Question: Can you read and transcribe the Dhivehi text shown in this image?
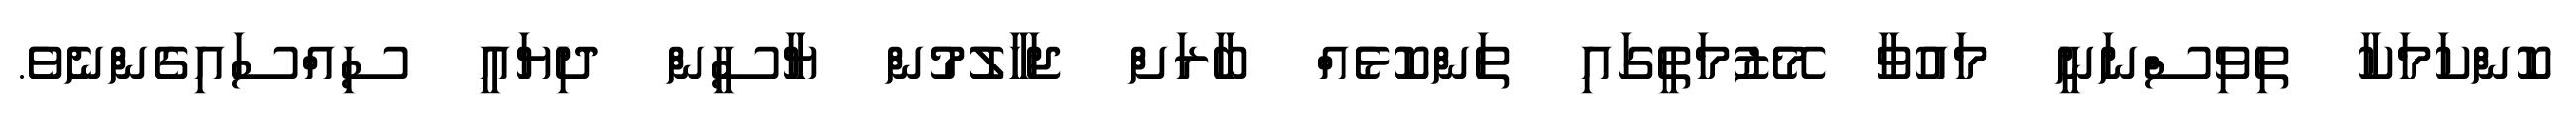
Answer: ކޮންކަމަކާ ތިވިސްނަނީ މައުވާ މޭޒުމަތީގައި ތަންކޮޅެއް ބާރަށް ޖަހާލުމުން ޔާސީން ދިޔައީ ސިއްސައިގެންނެވެ.